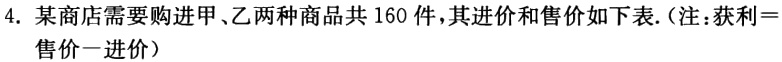
4. 某商店需要购进甲、乙两种商品共 160 件，其进价和售价如下表.（注：获利＝售价－进价）